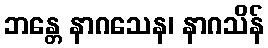
ဘန္တေ နာဂသေန၊ နာဂသိန်